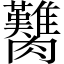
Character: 臡